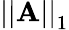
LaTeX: \left|\left|\mathbf{A}\right|\right|_{1}